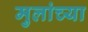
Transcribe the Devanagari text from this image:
मुलांच्‍या